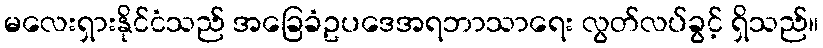
မလေးရှားနိုင်ငံသည် အခြေခံဥပဒေအရဘာသာရေး လွတ်လပ်ခွင့် ရှိသည်။